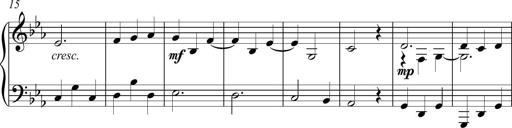
Title: Piano Sonatina in C
Composer: Daniel LÃ©o Simpson
Key: C major